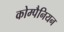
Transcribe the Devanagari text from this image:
कोम्पैनियन